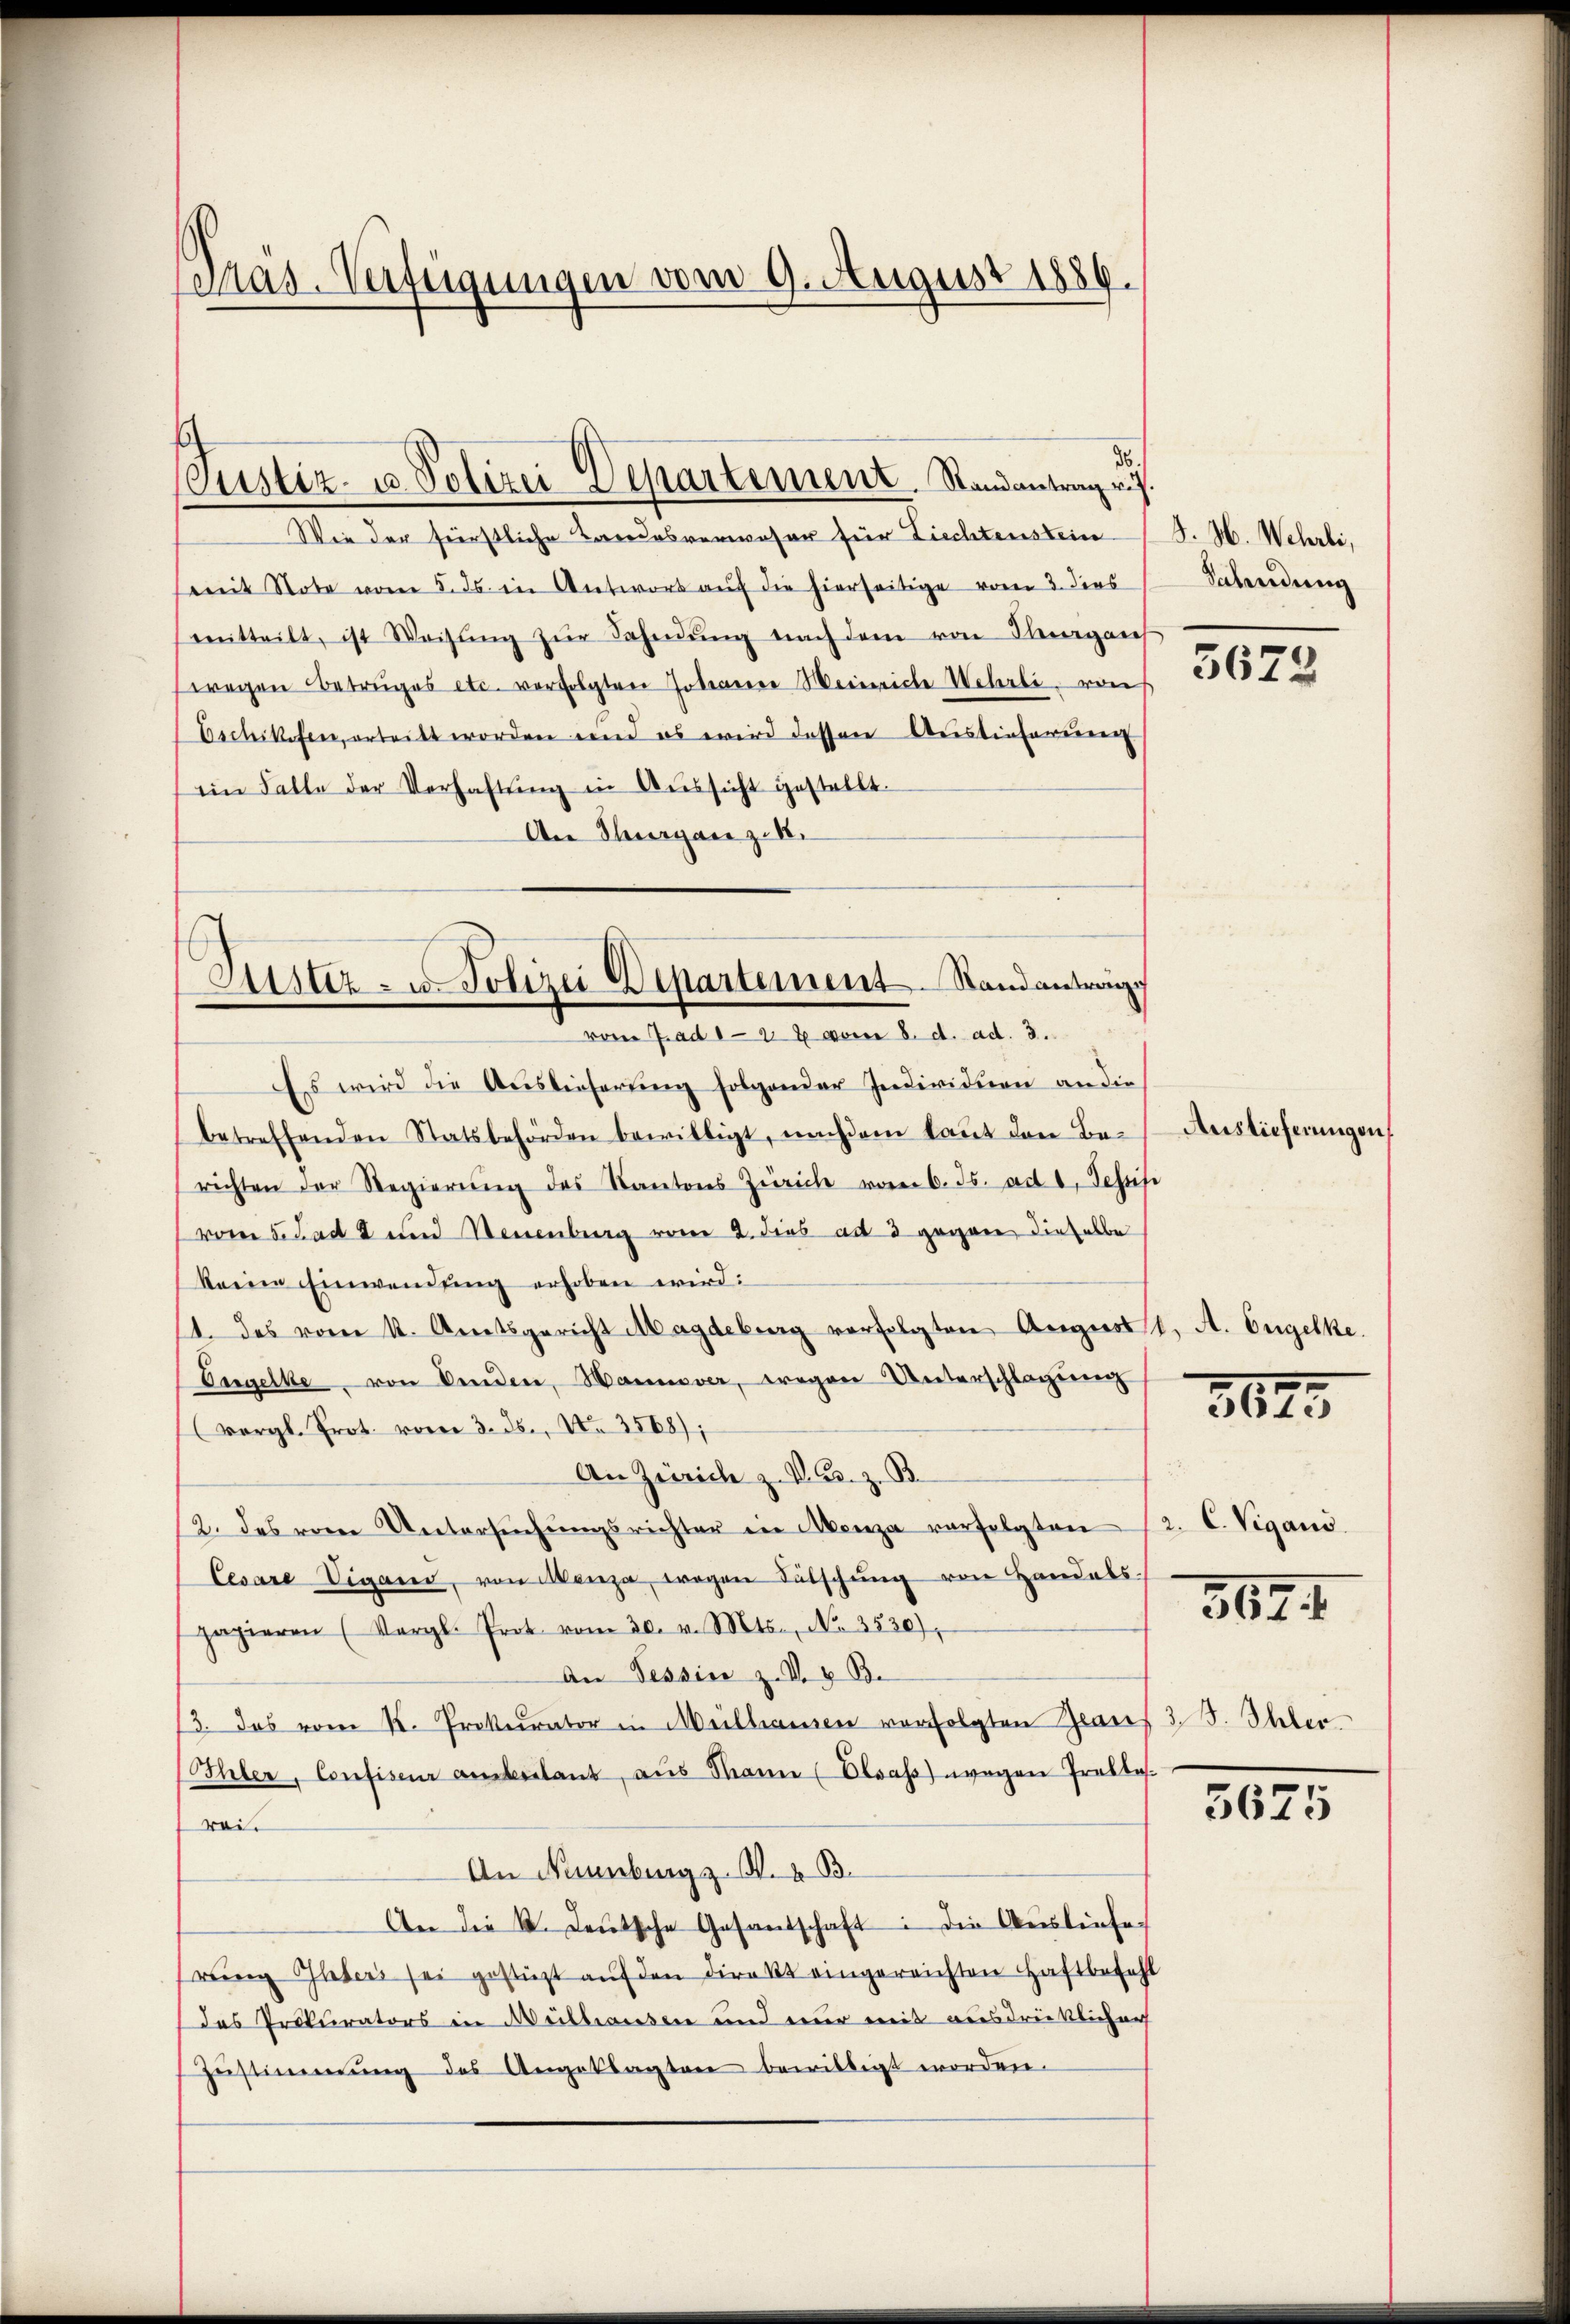
pas-Verfügungen vom 9. August 1886.

Justiz- u Polizei Departement. Randantrag v. J.

26.
Wie der fürstliche Landesverweser für Ziechtenstein
(mit Note vom 5. ds. in Antwort auf die hierseitige von 3. dies
mitteilt, ist Weisŭng zŭr Fahndŭng nach dem von Pergans
wegen Betruges etc. verfolgten Totenere Weinriche Wehrli von
Eschikefen, erteilt worden und es wird dessen Auslieferung
iin Falle der Verhaltŭng in Aŭssicht gestellt.
An Thurgane z. B.
Es wird die Auslieferung folgender Individuen an die
betreffenden Statsbehörden bewilligt, nachdem laŭt den Be- Auslieferungen
richten der Regierŭng des Kantons Zürich vom 6. ds. ad 1, Tessi
vom 5. Jad 2 und Neuenburg vom 2. dies ad 3 gegen dieselbe
keine Einwendung erhoben wird:
1. des vom 1. Amtsgericht Magdeburg verfolgten August. A. Engelke.
Engelke von Aenden, Hannover, wegen Unterschlagung
(vergl. Prot. vom 3. ds., Nr. 3568);
An Zürich z. V. C. z. B.
2. des vom Untersŭchŭngsrichter in Menza verfolgten
Lesare Vigano, von Menza, wegen Bütschŭng von Handels.
papieren (Vergl. Prot vom 30. v. Mts., No. 3530),
An Tessin z. V. Be
13. Das vom K. Prokurator in Mülhausen verfolgten Zwan
hler, Confise anbelant, aus Manne (Elsass) wegen Probles.
rai¬
An Nürnburg z. B. 4. B.
An die K. Deutsche Gesandschaft: Die Ausliefe
rŭng Obers sei gestüzt aŭf den direkt eingereichten Haftbefehl
das Prokurators in Mülhausen und nur mit ausdrücklicher
Zustimmung des Angeklagten bewilligt worden.

Justiz zu Polizei Departement. Standanträge
vom ad 122 vom 8. d. ad. 3.

J. H. Wehrli,
Salendung
3672

3629

2. C. Vigano.

562. 4

3 J. Ihler.

3675